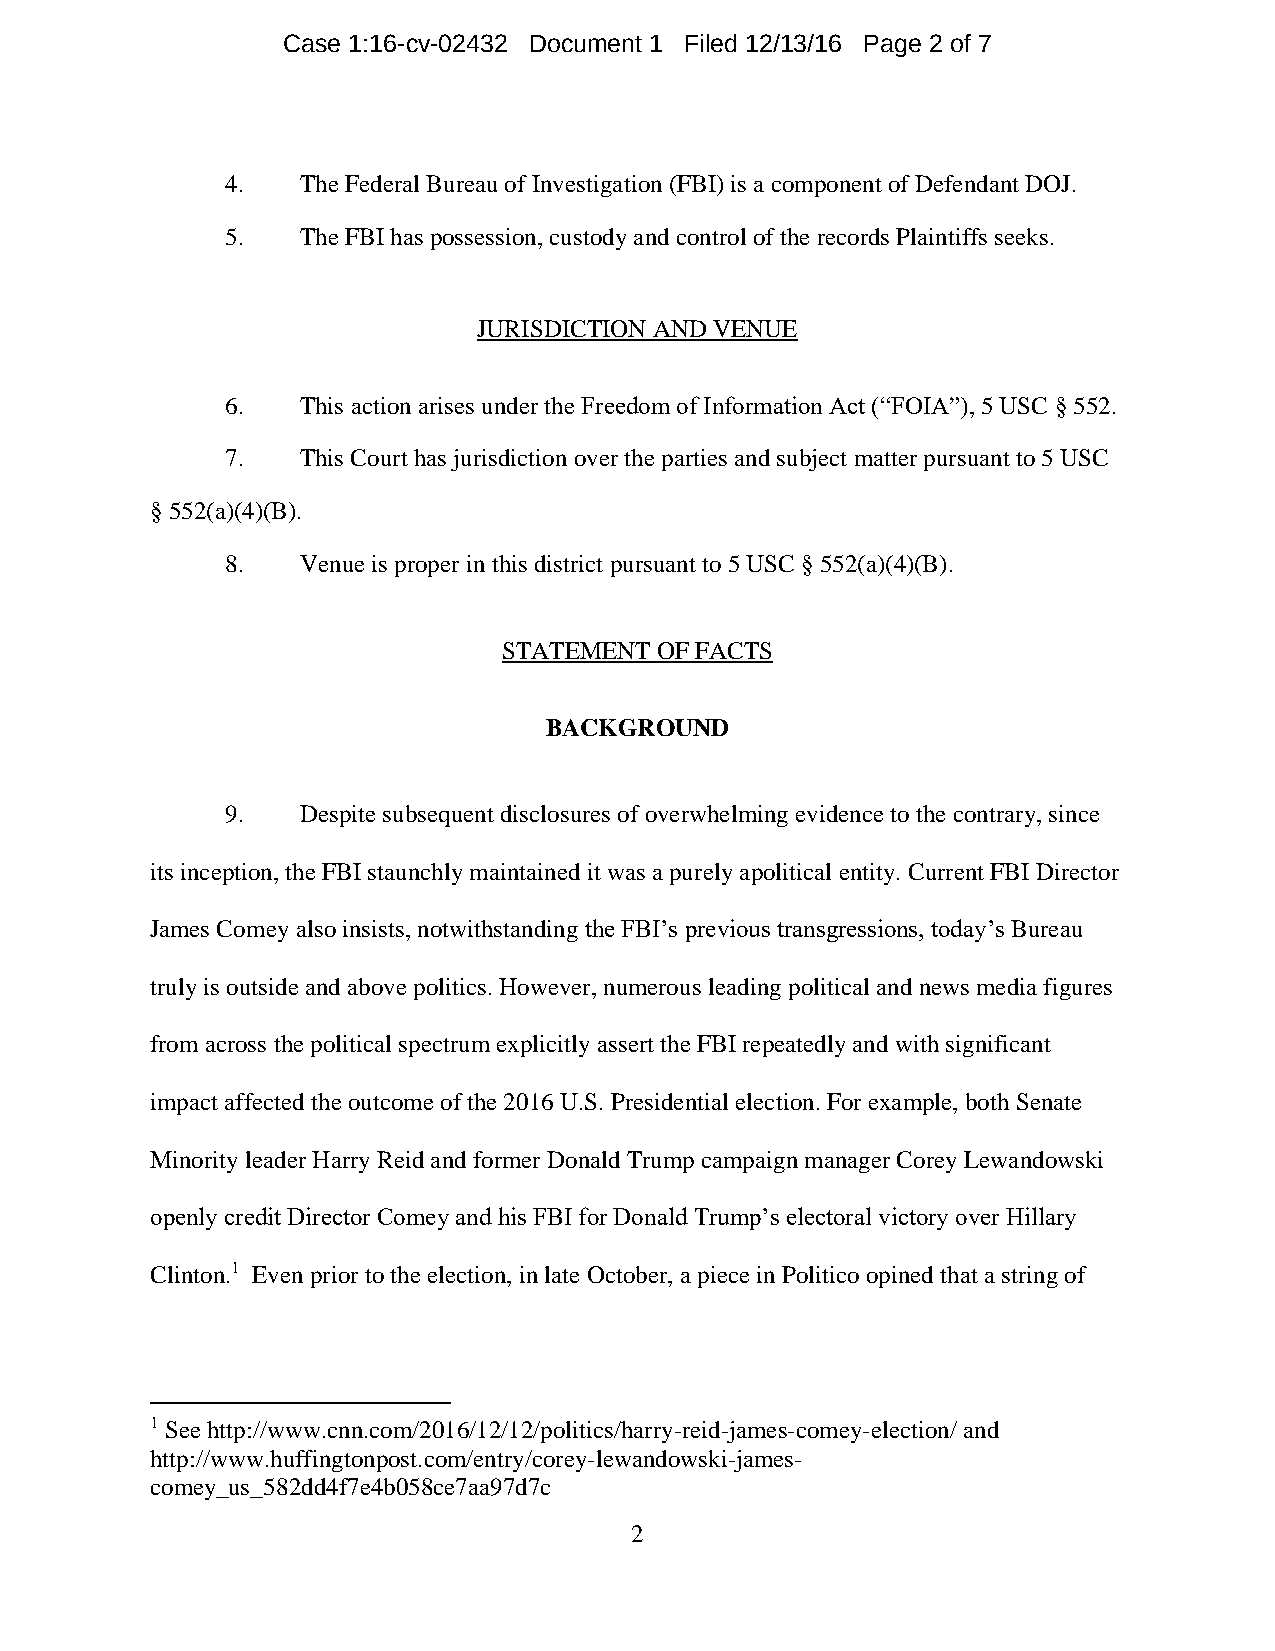
Case 1:16-cv-02432 Document 1 Filed 12/13/16 Page 2 of 7
 4.   The Federal Bureau of Investigation (FBI) is a component of Defendant DOJ.
 5.   The FBI has possession, custody and control of the records Plaintiffs seeks.
 JURISDICTION AND VENUE
 6.   This action arises under the Freedom of Information Act (“FOIA”), 5 USC § 552.
 7.   This Court has jurisdiction over the parties and subject matter pursuant to 5 USC
 § 552(a)(4)(B).
 8.   Venue is proper in this district pursuant to 5 USC § 552(a)(4)(B).
 STATEMENT OF FACTS
 BACKGROUND
 9.   Despite subsequent disclosures of overwhelming evidence to the contrary, since
 its inception, the FBI staunchly maintained it was a purely apolitical entity. Current FBI Director
 James Comey also insists, notwithstanding the FBI’s previous transgressions, today’s Bureau
 truly is outside and above politics. However, numerous leading political and news media figures
 from across the political spectrum explicitly assert the FBI repeatedly and with significant
 impact affected the outcome of the 2016 U.S. Presidential election. For example, both Senate
 Minority leader Harry Reid and former Donald Trump campaign manager Corey Lewandowski
 openly credit Director Comey and his FBI for Donald Trump’s electoral victory over Hillary
 Clinton.1 Even prior to the election, in late October, a piece in Politico opined that a string of
 1 See http://www.cnn.com/2016/12/12/politics/harry-reid-james-comey-election/ and
 http://www.huffingtonpost.com/entry/corey-lewandowski-james-
 comey_us_582dd4f7e4b058ce7aa97d7c
 2